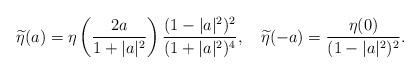
LaTeX: \begin{align*}\widetilde{\eta}(a)=\eta\left(\frac{2a}{1+|a|^2}\right)\frac{(1-|a|^2)^2}{(1+|a|^2)^4},\ \ \ \widetilde{\eta}(-a)=\frac{\eta(0)}{(1-|a|^2)^2}.\end{align*}